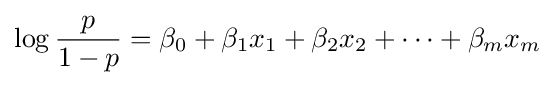
\log {\frac {p}{1-p}}=\beta _{0}+\beta _{1}x_{1}+\beta _{2}x_{2}+\cdots +\beta _{m}x_{m}